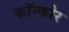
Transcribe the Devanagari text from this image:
कॉन्कोर